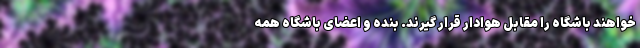
خواهند باشگاه را مقابل هوادار قرار گیرند. بنده و اعضای باشگاه همه